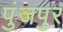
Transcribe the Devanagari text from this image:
पुंजपुर